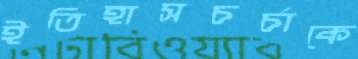
ইতিহাসচর্চাকে